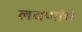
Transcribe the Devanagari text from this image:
लवणांचे